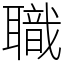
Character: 職